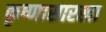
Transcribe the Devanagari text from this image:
कृष्णासारखा